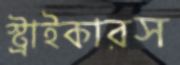
স্ট্রাইকারস